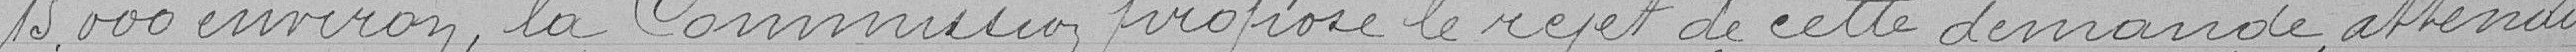
15.000 francs environ, la Commission propose le rejet de cette demande attendue